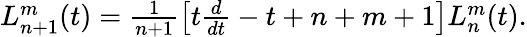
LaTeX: \begin{array}{r}{L_{n+1}^{m}(t)=\frac{1}{n+1}\left[t\frac{d}{dt}-t+n+m+1\right]L_{n}^{m}(t).}\end{array}